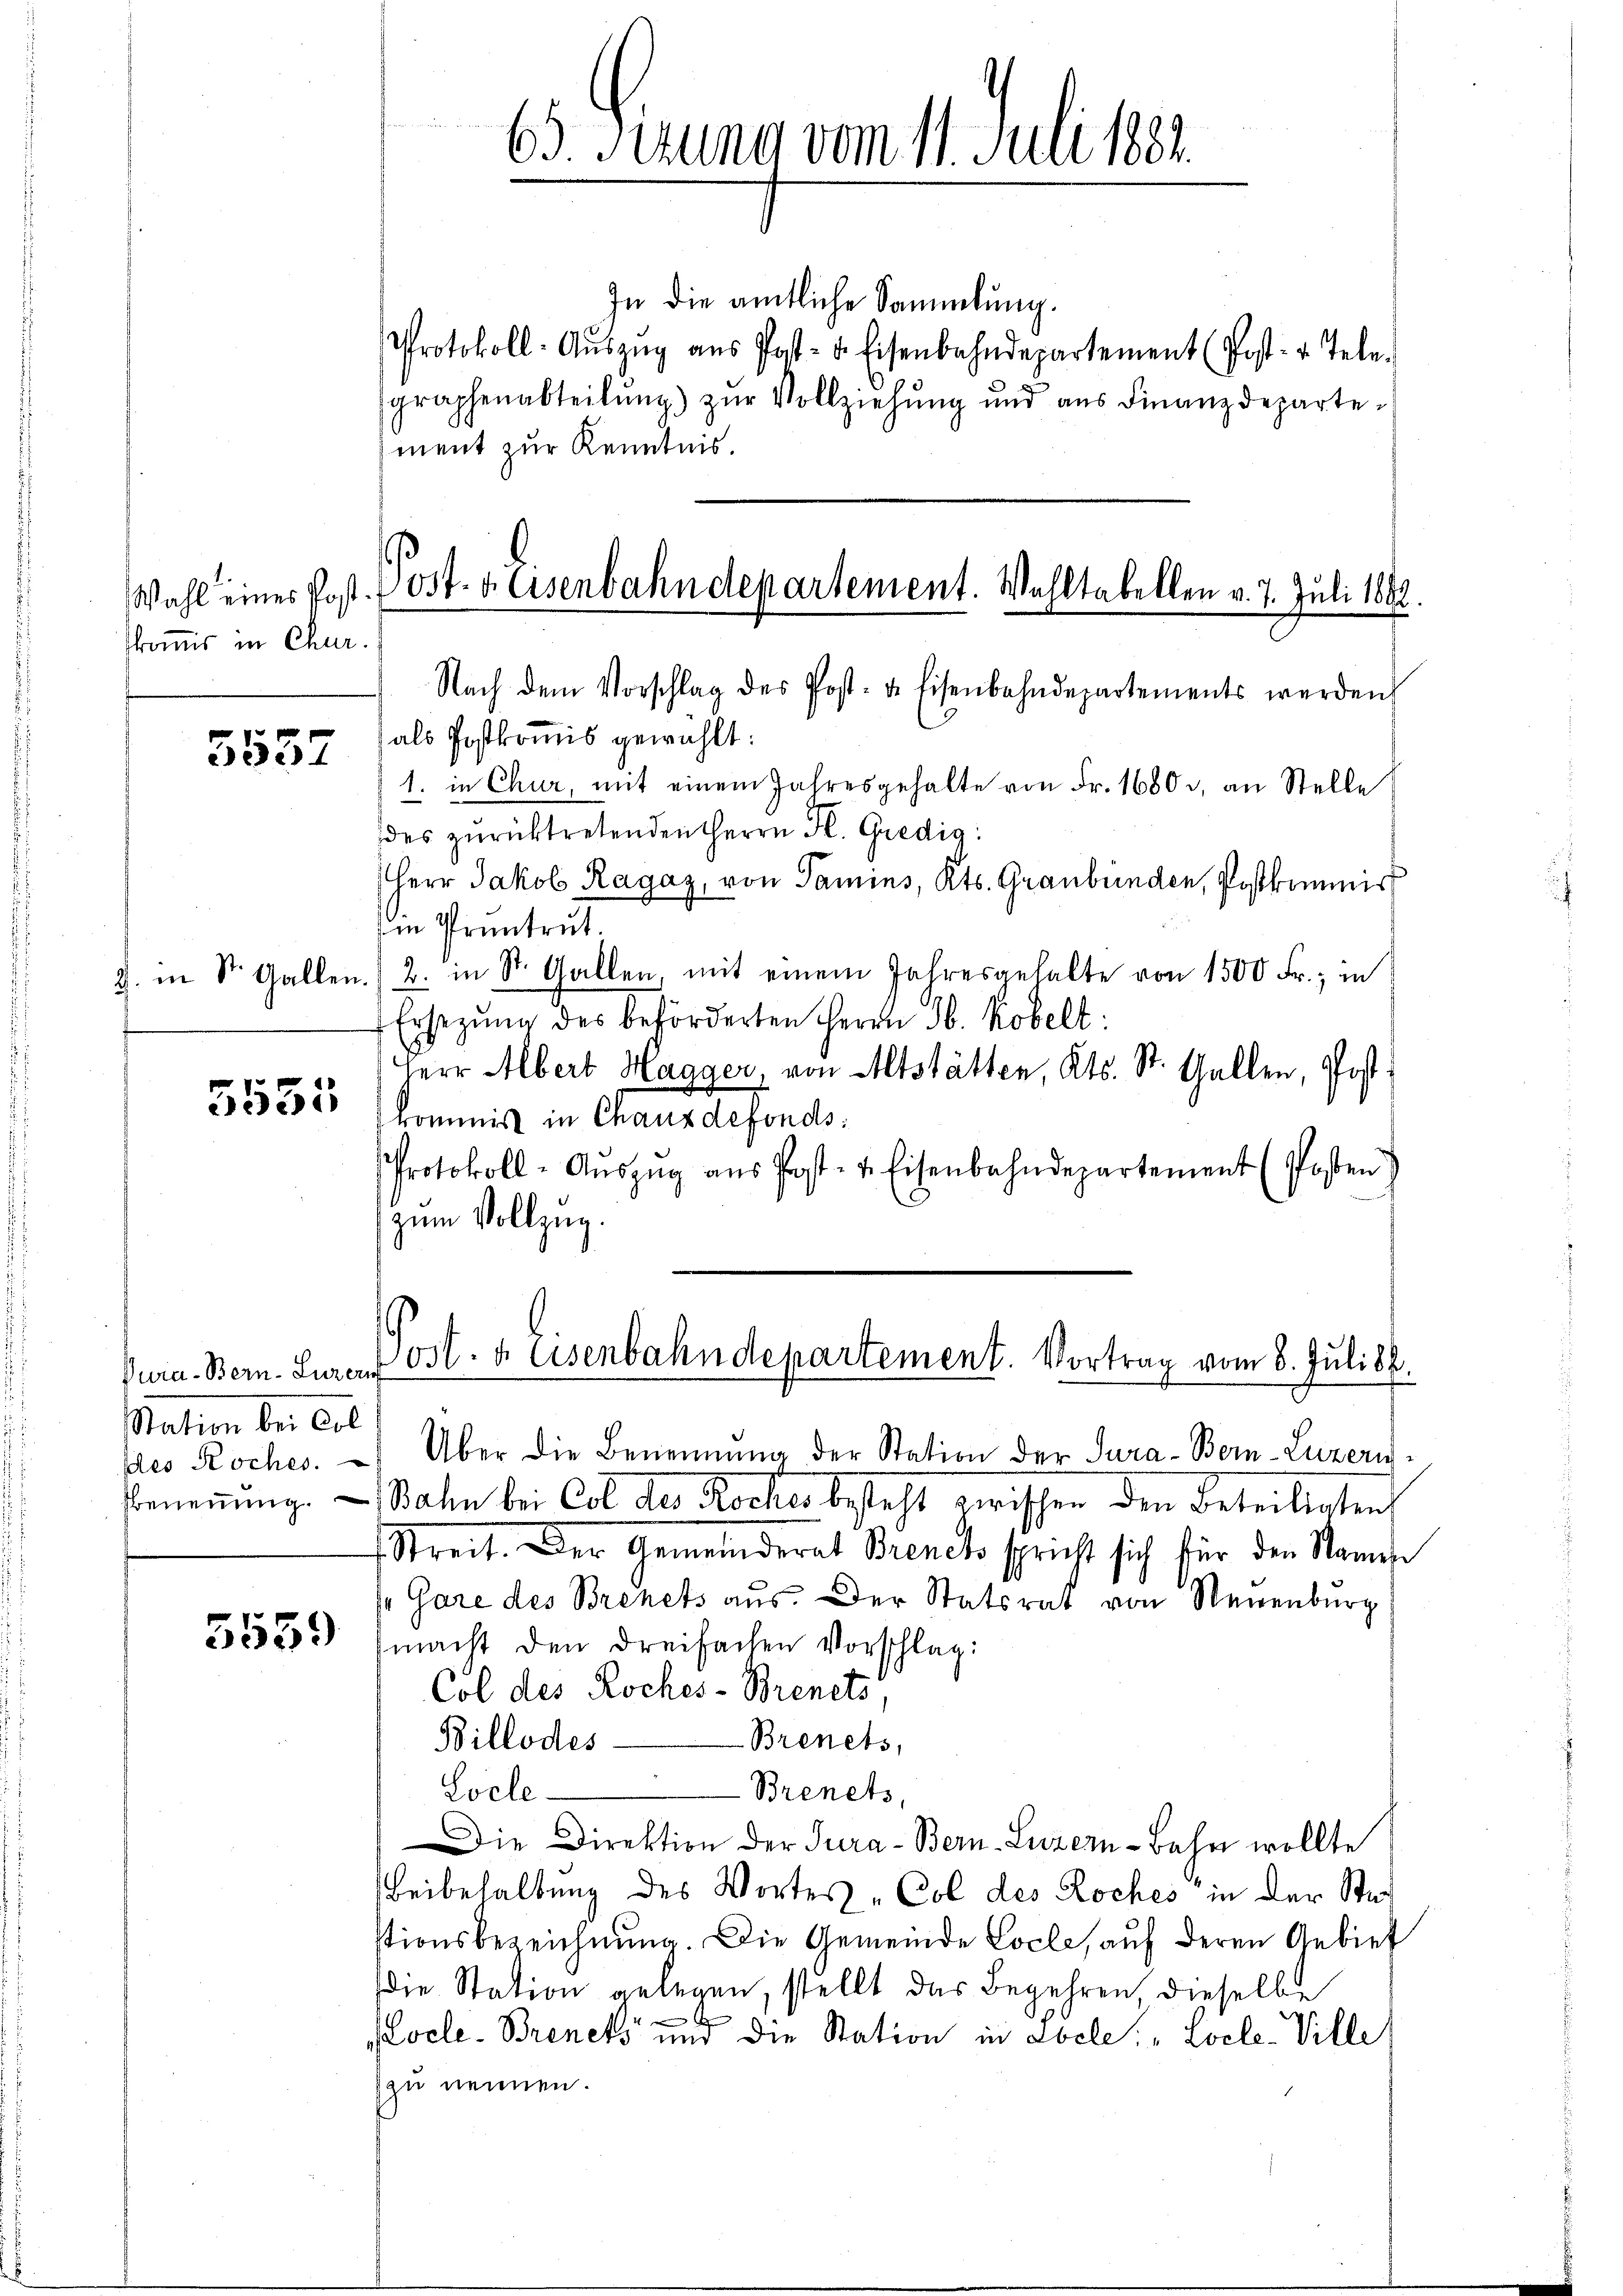
kkommis in Chur.

3537

5531

In die amtliche Sammlung.
Protokoll-Aŭszŭg aŭs Post- u. Eisenbahndepartement (Post- u. Tele-
graphenabteilung) zŭr Vollziehung und aus Finanzdeparte-
ment zur Kenntnis.

Pura. Bern-Lurauf
Station bei Col

5559

65. Serena vom 11. Juli 184

Wahl eines Post. Post- & Eisenbahndepartement. Wahltabellen v. 7. Juli 1882.

Nach dem Vorschlag des Post- & Eisenbahndepartements werden
als Postkomis gewählt:
1. in Chur, mit einem Jahresgehalte von Fr. 1680 u. an Stelle
des zŭrücktretenden Herrn H. Gredig
Herr Jakob Ragaz, von Tamins, Kts. Graubünden, Postkommis
 Pruntrut.
2. in St. Gallen. 2. in St. Gallen, mit einem Jahresgehalte von 1500 Fr., in
Ersetzŭng des beförderten Herrn Jb. Kobelt:
Herr Albert Hagger, von Altstätten, Kts. St. Gallen, Postkommis in Chauxdefonds.
Protokoll-Aŭszŭg aŭs Post- u. Eisenbahndepartement (Posten)
zum Vollzug.

Post. a Eisenbahndepartement. Vortrag vom 8. Juli d.
.

pleo Roches. Über die Benennung der Station der Tura-Bern-Luzern¬
Benennung. — Bahn bei Cot der Rocher besteht zwischen den Beteiligten
Streit. Der Gemeinderat Brenck spricht sich für den Namese
Gare des Brenets aus. Der Statsrat von Neuenburg
macht den dreifachen Vorschlag:
Col des Roches-Brenets,
Brenets,
Billodes-
Loele Brenets,
Die Direktion der Tura-Bern-Luzern-Bahn wollte
Beibehaltung des Wortes "Col des Roches in der Stastionsbezeichnung. Die Gemeinde Locle, auf deren Gebiet
die Station gelegen, stellt das Begehren dieselbe
Locle-Breneks und die Station in Abele: „Locle-Ville
zu nennen.